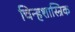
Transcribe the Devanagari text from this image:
चिन्हशास्त्रिक